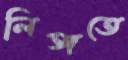
লিঙ্গতে